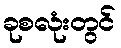
ခုစလုံးတွင်